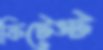
ফিটেস্ট